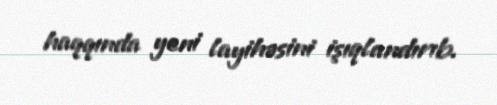
haqqında yeni layihəsini işıqlandırıb.